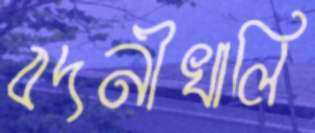
বদনীখালি